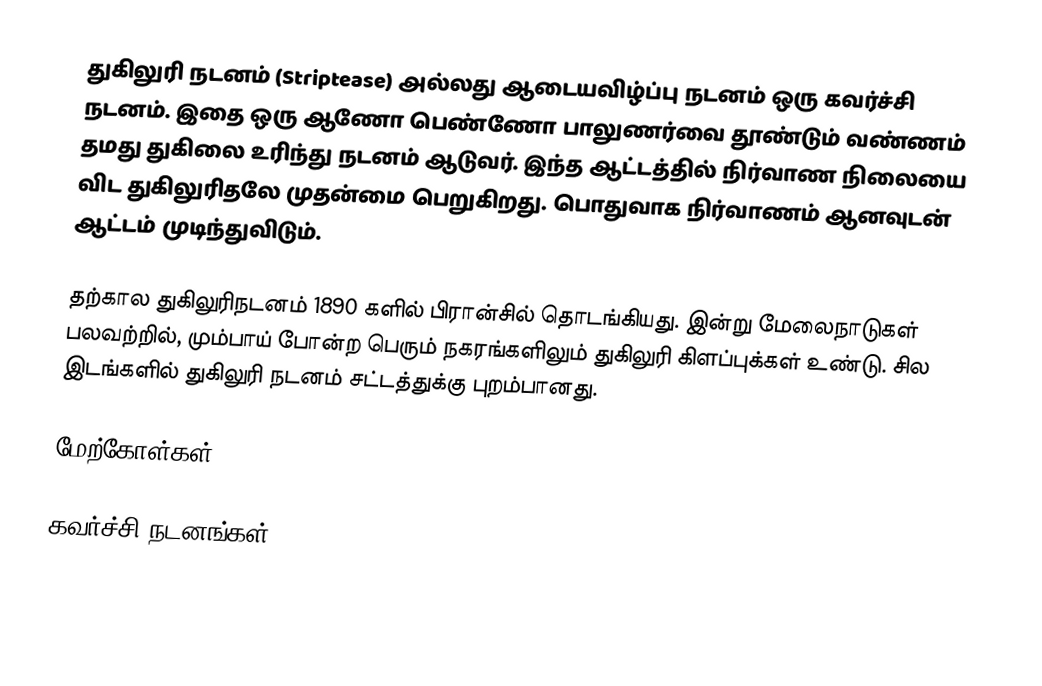
துகிலுரி நடனம் (Striptease) அல்லது ஆடையவிழ்ப்பு நடனம் ஒரு கவர்ச்சி நடனம். இதை ஒரு ஆணோ பெண்ணோ பாலுணர்வை தூண்டும் வண்ணம் தமது துகிலை உரிந்து நடனம் ஆடுவர். இந்த ஆட்டத்தில் நிர்வாண நிலையை விட துகிலுரிதலே முதன்மை பெறுகிறது. பொதுவாக நிர்வாணம் ஆனவுடன் ஆட்டம் முடிந்துவிடும்.

தற்கால துகிலுரிநடனம் 1890 களில் பிரான்சில் தொடங்கியது. இன்று மேலைநாடுகள் பலவற்றில், மும்பாய் போன்ற பெரும் நகரங்களிலும் துகிலுரி கிளப்புக்கள் உண்டு. சில இடங்களில் துகிலுரி நடனம் சட்டத்துக்கு புறம்பானது.

மேற்கோள்கள்

கவர்ச்சி நடனங்கள்